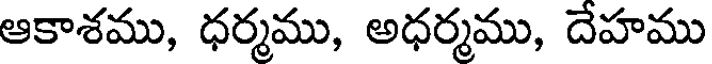
ఆకాశము, ధర్మము, అధర్మము, దేహము